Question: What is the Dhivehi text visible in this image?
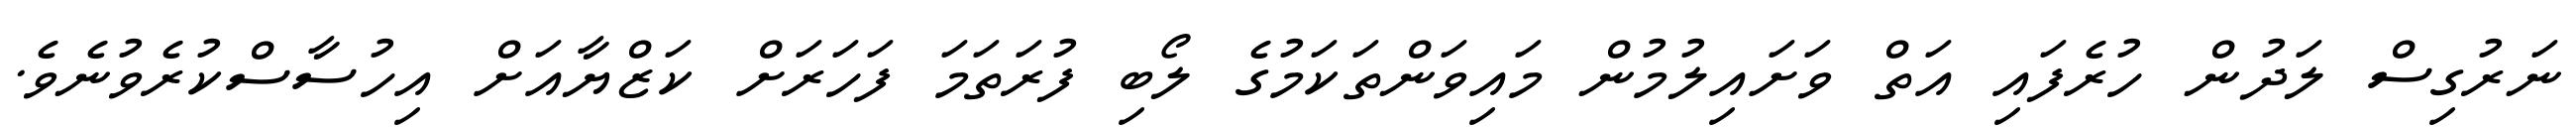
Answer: ނަރުގިސް ލަދުން ހުރެފައި އަތް ވަށައިލުމުން މައިވަންތަކަމުގެ ލޯބި ފުރަތަމަ ފަހަރަށް ކަޒްޔާއަށް އިހުސާސްކުރެވުނެވެ.